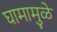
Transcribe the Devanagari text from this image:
घामामुळे